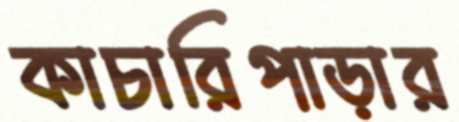
কাচারিপাড়ার